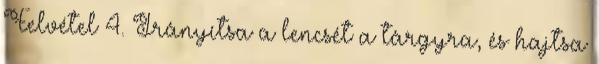
Felvétel 4. Irányítsa a lencsét a tárgyra, és hajtsa